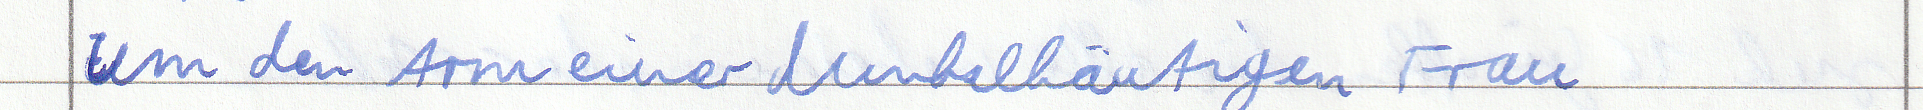
um den Arm einer dunkelhäutigen Frau